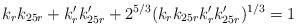
LaTeX: \begin{align*}k_rk_{25r}+k'_rk'_{25r}+2^{5/3} (k_rk_{25r}k'_rk'_{25r})^{1/3}=1\end{align*}